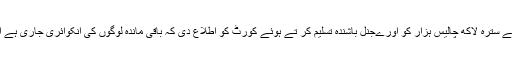
دوسری بات ےہ کہ اپنے حلف نامہ مےں مسٹر پرتےک ہزےلا نے سترہ لاکھ چالیس ہزار کو اورےجنل باشندہ تسلیم کر تے ہوئے کورٹ کو اطلاع دی کہ باقی ماندہ لوگوں کی انکوائری جاری ہے اور اگلی سماعت پر ان کے متعلق رپورٹ پےش کردی جائے گی۔